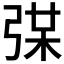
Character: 𢏼